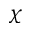
\chi